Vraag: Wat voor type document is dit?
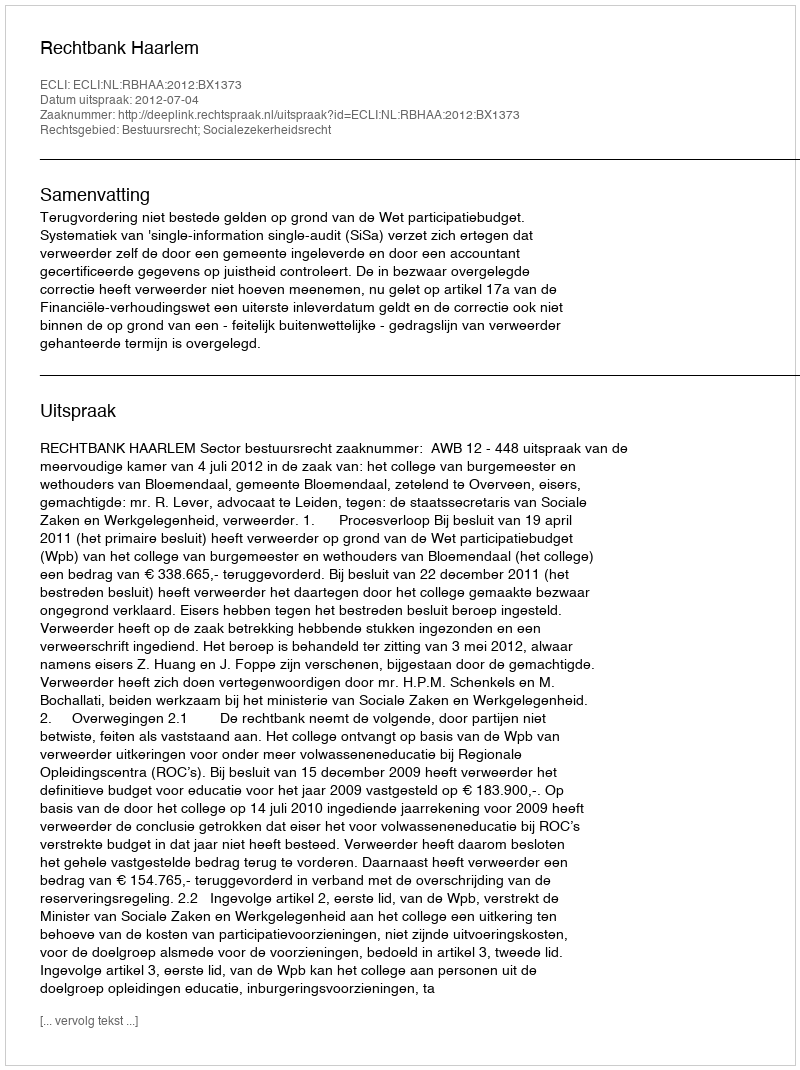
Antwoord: Uitspraak